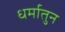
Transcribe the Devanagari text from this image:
धर्मातुन